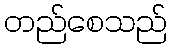
တည်စေသည်